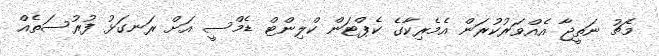
މެޗު ނަތީޖާ އެއްވަރުކުރަން އެމެރިކާގެ ކެޕްޓަން ކްލިންޓް ޑެމްސީ އަށް ރަނގަޅު ފުރުސަތެއް